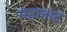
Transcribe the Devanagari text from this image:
महानाट